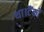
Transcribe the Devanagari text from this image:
था।टैंकों